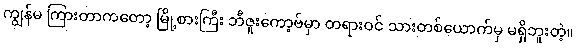
ကျွန်မ ကြားတာကတော့ မြို့စားကြီး ဘီဇူးကော့ဗ်မှာ တရားဝင် သားတစ်ယောက်မှ မရှိဘူးတဲ့။